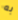
به